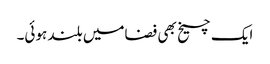
ایک چیخ بھی فضامیں بلند ہوئی۔